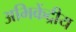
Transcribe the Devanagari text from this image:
अभिकेंद्रीय